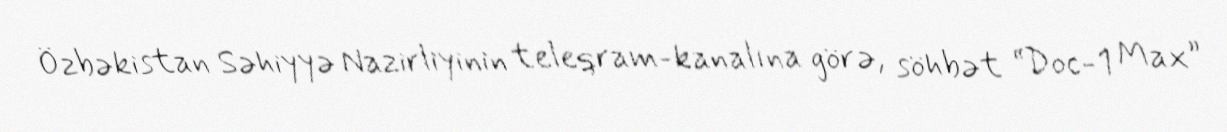
Özbəkistan Səhiyyə Nazirliyinin teleqram-kanalına görə, söhbət “Doc-1 Max”